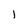
Character: l